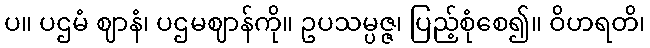
ပ။ ပဌမံ ဈာနံ၊ ပဌမဈာန်ကို။ ဥပသမ္ပဇ္ဇ၊ ပြည့်စုံစေ၍။ ဝိဟရတိ၊